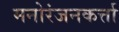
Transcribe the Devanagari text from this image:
मनोरंजनकर्त्ता